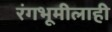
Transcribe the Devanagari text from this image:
रंगभूमीलाही